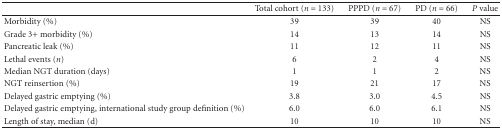
<table><thead><tr><td></td><td><b>Total cohort (<i>n</i> = 133)</b></td><td><b>PPPD (<i>n</i> = 67)</b></td><td><b>PD (<i>n</i> = 66)</b></td><td><b><i>P</i> value</b></td></tr></thead><tbody><tr><td>Morbidity (%)</td><td>39</td><td>39</td><td>40</td><td>NS</td></tr><tr><td>Grade 3+ morbidity (%)</td><td>14</td><td>13</td><td>14</td><td>NS</td></tr><tr><td>Pancreatic leak (%)</td><td>11</td><td>12</td><td>11</td><td>NS</td></tr><tr><td>Lethal events (<i>n</i>)</td><td>6</td><td>2</td><td>4</td><td>NS</td></tr><tr><td>Median NGT duration (days)</td><td>1</td><td>1</td><td>2</td><td>NS</td></tr><tr><td>NGT reinsertion (%)</td><td>19</td><td>21</td><td>17</td><td>NS</td></tr><tr><td>Delayed gastric emptying (%)</td><td>3.8</td><td>3.0</td><td>4.5</td><td>NS</td></tr><tr><td>Delayed gastric emptying, international study group definition (%)</td><td>6.0</td><td>6.0</td><td>6.1</td><td>NS</td></tr><tr><td>Length of stay, median (d)</td><td>10</td><td>10</td><td>10</td><td>NS</td></tr></tbody></table>